Code of medical and sanitary regulations for the guidance of medical officers serving in the Madras Presidency - Volume I
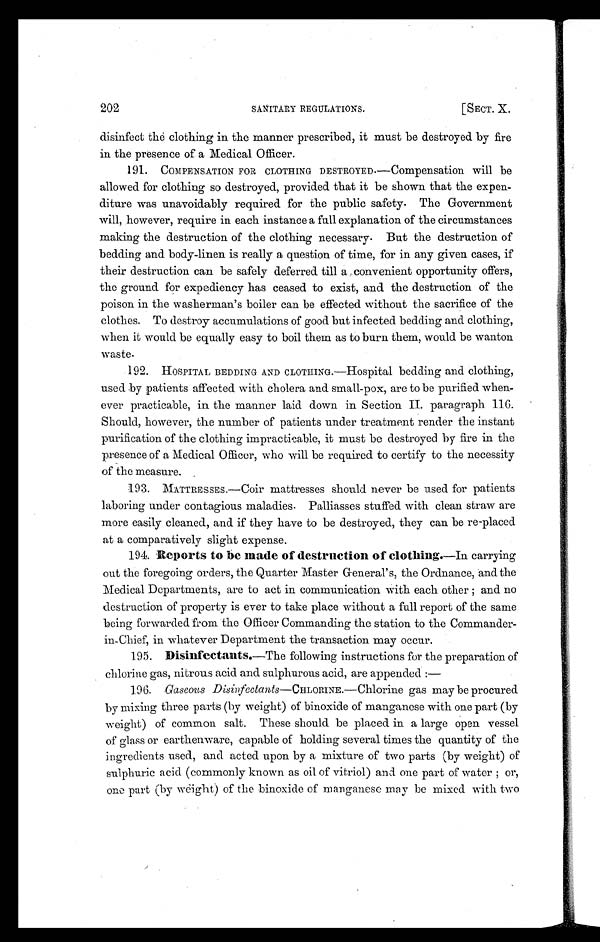
202
SANITARY REGULATIONS.
[SECT. X.
disinfect the clothing in the manner prescribed, it must be destroyed by fire
in the presence of a Medical Officer.
191. COMPENSATION FOR CLOTHING DESTROYED—Compensation will be
allowed for clothing so destroyed, provided that it be shown that the expen-
diture was unavoidably required for the public safety. The Government
will, however, require in each instance a full explanation of the circumstances
making the destruction of the clothing necessary. But the destruction of
bedding and body-linen is really a question of time, for in any given cases, if
their destruction can be safely deferred till a convenient opportunity offers,
the ground for expediency has ceased to exist, and the destruction of the
poison in the washerman's boiler can be effected without the sacrifice of the
clothes. To destroy accumulations of good but infected bedding and clothing,
when it would be equally easy to boil them as to burn them, would be wanton
waste.
192. HOSPITAL BEDDING AND CLOTHING .—Hospital bedding and clothing,
used by patients affected with cholera and small-pox, are to be purified when-
ever practicable, in the manner laid down in Section II. paragraph 116.
Should, however, the number of patients under treatment render the instant
purification of the clothing impracticable, it must be destroyed by fire in the
presence of a Medical Officer, who will be required to certify to the necessity
of the measure.
193. MATTRESSES.—Coir mattresses should never be used for patients
laboring under contagious maladies. Palliasses stuffed with clean straw are
more easily cleaned, and if they have to be destroyed, they can be re-placed
at a comparatively slight expense.
194. Reports to be made of destruction of clothing. —In carrying
out the foregoing orders, the Quarter Master General's, the Ordnance, and the
Medical Departments, are to act in communication with each other ; and no
destruction of property is ever to take place without a full report of the same
being forwarded from the Officer Commanding the station to the Commander-
in-Chief, in whatever Department the transaction may occur.
195. Disinfectants.—The following instructions for the preparation of
chlorine gas, nitrous acid and sulphurous acid, are appended :
—
196. Gaseous D i s i n f e c t a n t s— C H L O R I N E . — C h l o r i n e g a s m a y b e p r o c u r e d
by mixing three parts (by weight) of binoxide of manganese with one part (by
weight) of common salt. These should be placed in a large open vessel
of glass or earthenware, capable of holding several times the quantity of the
ingredients used, and acted upon by a mixture of two parts (by weight) of
sulphuric acid (commonly known as oil of vitriol) and one part of water ; or,
one part (by weight) of the binoxide of manganese may be mixed with two